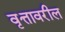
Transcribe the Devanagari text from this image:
वृत्तावरील